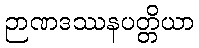
ဉာဏဒဿနပတ္တိယာ